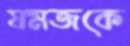
যমজকে